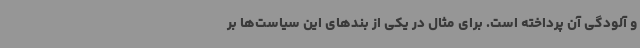
و آلودگی آن پرداخته است. برای مثال در یکی از بندهای این سیاست‌ها بر